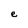
Character: e